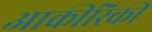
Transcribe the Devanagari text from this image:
आकीरिकी